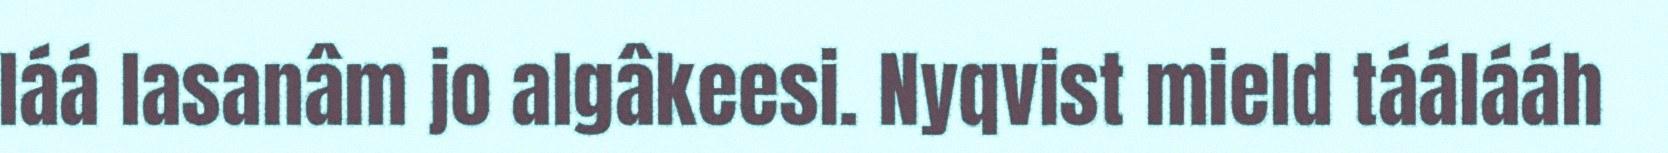
láá lasanâm jo algâkeesi. Nyqvist mield táálááh